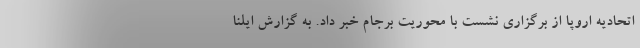
اتحادیه اروپا از برگزاری نشست با محوریت برجام خبر داد. به گزارش ایلنا